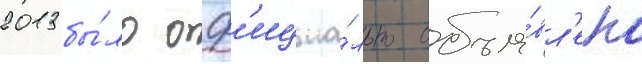
2013 бы́ло оф'ициа́льно объя́вл'ено